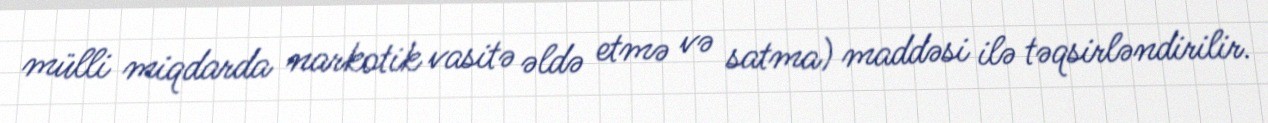
mülli miqdarda narkotik vasitə əldə etmə və satma) maddəsi ilə təqsirləndirilir.